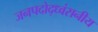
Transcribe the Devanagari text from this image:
जनपदोद्ध्वंसनीय